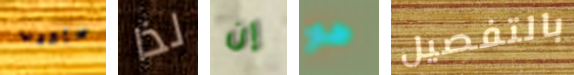
سأكذب لذا إن هو بالتفصيل